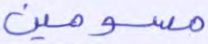
مسومين